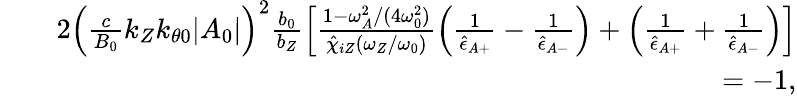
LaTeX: \begin{array}{rlr}&{}&{2\left(\frac{c}{B_{0}}k_{Z}k_{\theta 0}\lvert A_{0}\rvert\right)^{2}\frac{b_{0}}{b_{Z}}\left[\frac{1-\omega_{A}^{2}/(4\omega_{0}^{2})}{\hat{\chi}_{iZ}(\omega_{Z}/\omega_{0})}\left(\frac{1}{\hat{\epsilon}_{A+}}-\frac{1}{\hat{\epsilon}_{A-}}\right)+\left(\frac{1}{\hat{\epsilon}_{A+}}+\frac{1}{\hat{\epsilon}_{A-}}\right)\right]}\\ &{}&{=-1,}\end{array}